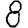
Digit: 8